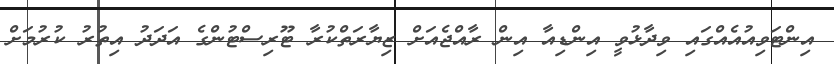
އިންޓަވިއުއެއްގައި ވިދާޅުވީ އިންޑިއާ އިން ރާއްޖެއަށް ޒިޔާރަތްކުރާ ޓޫރިސްޓުންގެ އަދަދު އިތުރު ކުރުމަށް